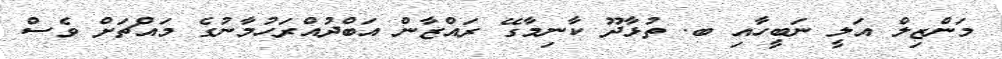
މަންޒިލް އަލީ ނަބީހާއި ބ. ތުޅާދޫ ކާނިމާގޭ ރައްޒާން އަބްދުއްރަހުމާނުގެ މައްޗަށް ވެސް